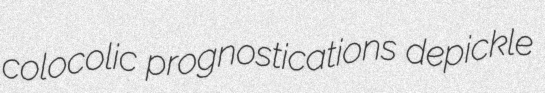
colocolic prognostications depickle